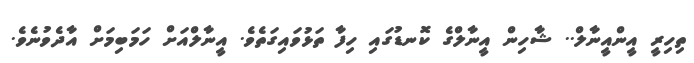
ތިހިރީ އީންއީނާލް.. ޝާހިން އީނާލްގެ ކޮނޑުގައި ހިފާ ތަޅުވައިގަތެވެ. އީނާލްއަށް ހަމަބިމަށް އާދެވުނެވެ.